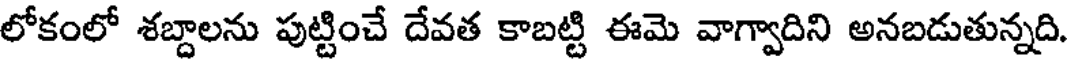
లోకంలో శబ్దాలను పుట్టించే దేవత కాబట్టి ఈమె వాగ్వాదిని అనబడుతున్నది.